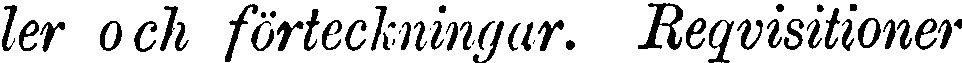
ler och förteckningar. Reqvisitioner